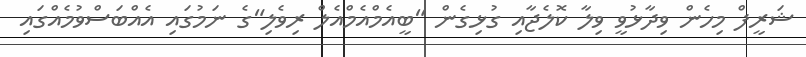
ޝަރީފް މިހެން ވިދާޅުވީ ވިލާ ކޮލެޖާއި ގުޅިގެން "ބީއެމްއެމްއެލް ރިވެލި"ގެ ނަމުގައި އެއްބަސްވުމެއްގައި